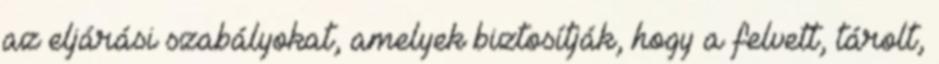
az eljárási szabályokat, amelyek biztosítják, hogy a felvett, tárolt,